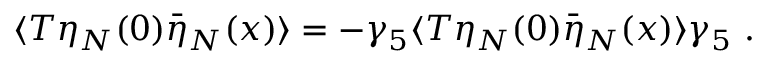
\langle T \eta _ { N } ( 0 ) \bar { \eta } _ { N } ( x ) \rangle = - \gamma _ { 5 } \langle T \eta _ { N } ( 0 ) \bar { \eta } _ { N } ( x ) \rangle \gamma _ { 5 } \ .